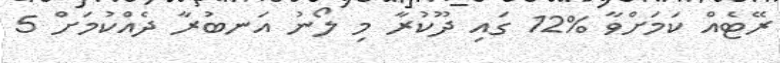
ރޭޓެއް ކަމަށްވާ %12 ގައި ދޫކުރާ މި ލޯނު އަނބުރާ ދެއްކުމަށް 5